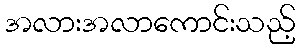
အလားအလာကောင်းသည့်